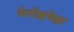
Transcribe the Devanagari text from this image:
भेगोष्ठपेक्षा